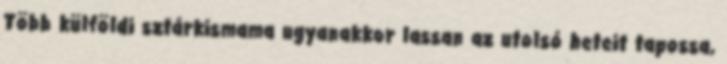
Több külföldi sztárkismama ugyanakkor lassan az utolsó heteit tapossa,